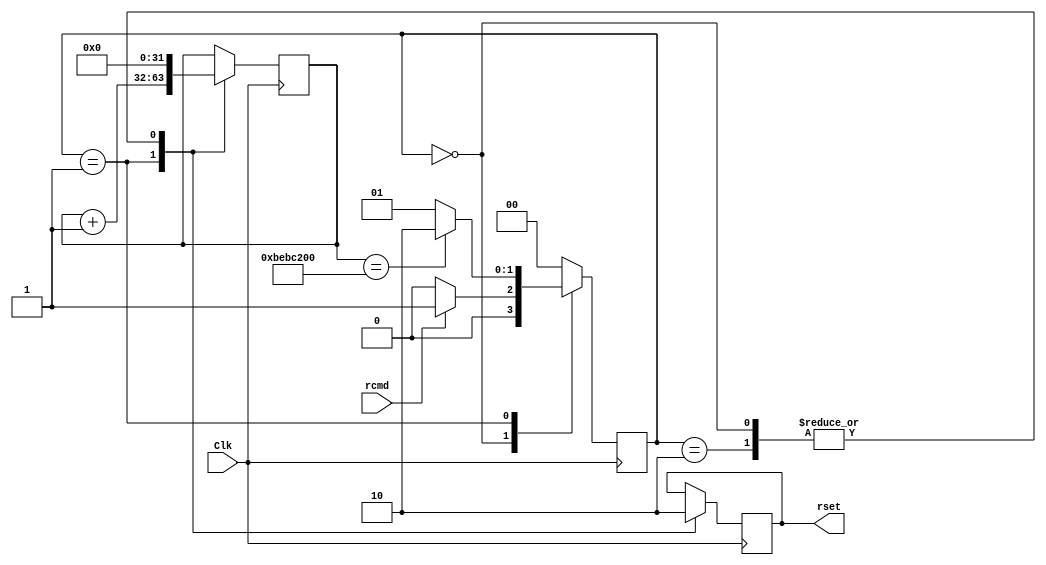
module greset (rcmd, rset, Clk);

input rcmd;
input Clk;

output rset;

reg [31:0]rcounter;

reg [1:0]rcont;
reg reset;

assign rset = reset;

always @ (posedge Clk)
begin

case (rcont)

2'b00:
begin
reset <= 0;
rcounter <= 0;

if (rcmd)
	rcont <= 2'b01;
else
	rcont <= 2'b00;
	
end

2'b01:
begin
reset <= 1;
rcounter <= rcounter + 1;

if (rcounter == 200000000)
	rcont <= 2'b10;
else
	rcont <= 2'b01;

end

2'b10:
begin
reset <= 0;
rcounter <= 0;
rcont <= 2'b00;


end

default: rcont <= 2'b00;
endcase


end

endmodule